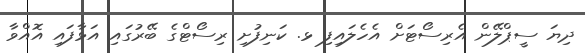
ދިޔަ ސީޕްލޭން އެރިސޯޓަށް އެހެލައިފި ޅ. ކަނިފުށި ރިސޯޓްގެ ބޭރުގައި އަޅާފައި އޮއްވާ